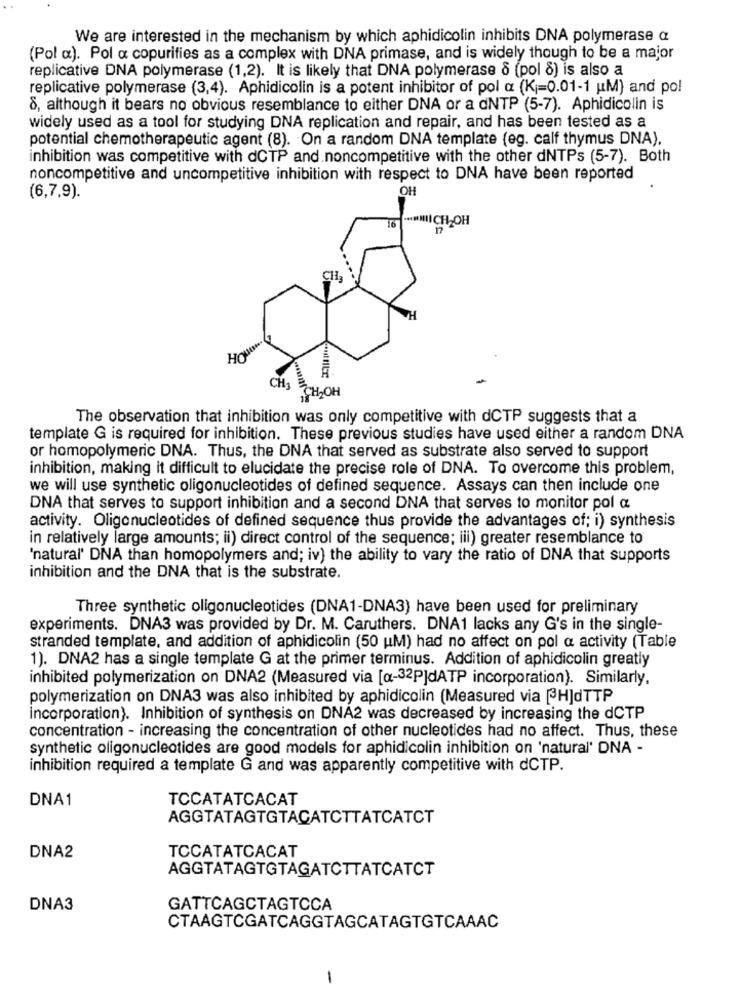
We are interested in the mechanism by which aphidicolin inhibits DNA polymerase a
(Pol a). Pol a copurifies as a complex with DNA primase, and is widely though to be a major
replicative DNA polymerase (1,2). It is likely that DNA polymerase & (pol 8) is also a
replicative polymerase (3,4). Aphidicolin is a potent inhibitor of pol a (Kj=0.01-1 uM) and po!
8, although it bears no obvious resemblance to either DNA or a dNTP (5-7). Aphidicolin is
widely used as a tool for studying DNA replication and repair, and has been tested as a
potential chemotherapeutic agent (8). On a random DNA template (eg. calf thymus DNA).
inhibition was competitive with dCTP and noncompetitive with the other dNTPs (5-7). Both
noncompetitive and uncompetitive inhibition with respect to DNA have been reported
OH
(6,7,9).
ICH,OH
CH
OH
CH
CH-OH
The observation that inhibition was only competitive with dCTP suggests that a
template G is required for inhibition. These previous studies have used either a random DNA
or homopolymeric DNA. Thus, the DNA that served as substrate also served to support
inhibition, making it difficult to elucidate the precise role of DNA. To overcome this problem,
we will use synthetic oligonucleotides of defined sequence. Assays can then include one
DNA that serves to support inhibition and a second DNA that serves to monitor pol a
activity. Oligonucleotides of defined sequence thus provide the advantages of; i) synthesis
in relatively large amounts; ii) direct control of the sequence; ili) greater resemblance to
'natural' DNA than homopolymers and; iv) the ability to vary the ratio of DNA that supports
inhibition and the DNA that is the substrate.
Three synthetic oligonucleotides (DNA1-DNA3) have been used for preliminary
experiments. DNA3 was provided by Dr. M. Caruthers. DNA1 lacks any G's in the single-
stranded template, and addition of aphidicolin (50 uM) had no affect on pol a activity (Table
1). DNA2 has a single template G at the primer terminus. Addition of aphidicolin greatly
inhibited polymerization on DNA2 (Measured via [a-32P]dATP incorporation). Similarly,
polymerization on DNA3 was also inhibited by aphidicolin (Measured via [3H]dTTP
incorporation). Inhibition of synthesis on DNA2 was decreased by increasing the dCTP
concentration - increasing the concentration of other nucleotides had no affect. Thus, these
synthetic oligonucleotides are good models for aphidicolin inhibition on 'natural' DNA -
inhibition required a template G and was apparently competitive with dCTP.
DNA1
TCCATATCACAT
AGGTATAGTGTACATCTTATCATCT
DNA2
TCCATATCACAT
AGGTATAGTGTAGATCTTATCATCT
DNA3
GATTCAGCTAGTCCA
CTAAGTCGATCAGGTAGCATAGTGTCAAAC
1